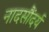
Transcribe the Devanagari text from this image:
नादसौंदर्य